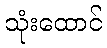
သုံးထောင်